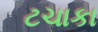
ટચાકા